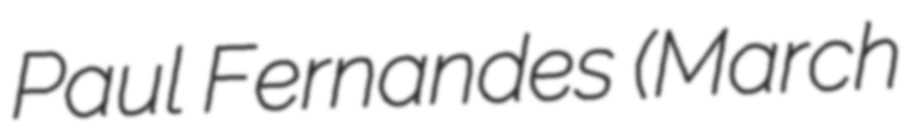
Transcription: Paul Fernandes (March